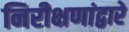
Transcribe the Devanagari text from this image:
निरीक्षणांद्वारे